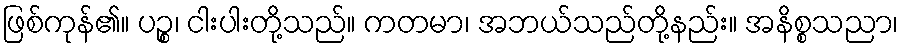
ဖြစ်ကုန်၏။ ပဉ္စ၊ ငါးပါးတို့သည်။ ကတမာ၊ အဘယ်သည်တို့နည်း။ အနိစ္စသညာ၊